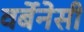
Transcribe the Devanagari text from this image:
वर्बेनेसी